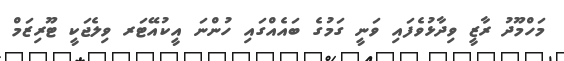
މަހްމޫދު ރާޒީ ވިދާޅުވެފައި ވަނީ ގަމުގެ ބައެއްގައި ހުންނަ އީކުއޭޓަރ ވިލެޖަކީ ޓޫރިޒަމް